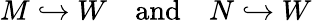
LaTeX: M\hookrightarrow W\quad{\mathrm{and}}\quad N\hookrightarrow W